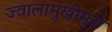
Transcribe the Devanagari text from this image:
ज्वालामुखीमुळे